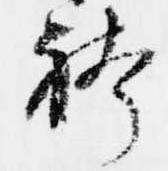
袴